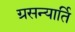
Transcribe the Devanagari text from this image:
ग्रसन्यार्ति